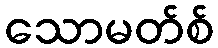
သောမတ်စ်